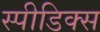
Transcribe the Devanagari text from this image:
स्पीडिक्स